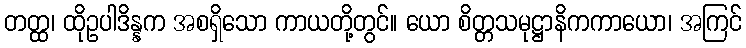
တတ္ထ၊ ထိုဥပါဒိန္နက အစရှိသော ကာယတို့တွင်။ ယော စိတ္တသမုဋ္ဌာနိကကာယော၊ အကြင်